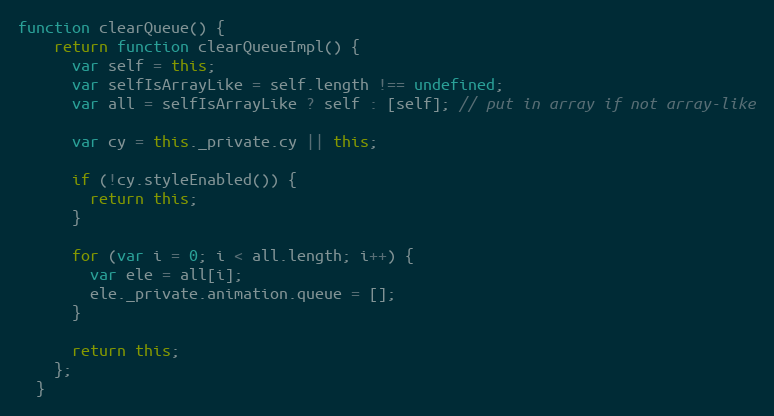
Language: JavaScript
function clearQueue() {
    return function clearQueueImpl() {
      var self = this;
      var selfIsArrayLike = self.length !== undefined;
      var all = selfIsArrayLike ? self : [self]; // put in array if not array-like

      var cy = this._private.cy || this;

      if (!cy.styleEnabled()) {
        return this;
      }

      for (var i = 0; i < all.length; i++) {
        var ele = all[i];
        ele._private.animation.queue = [];
      }

      return this;
    };
  }